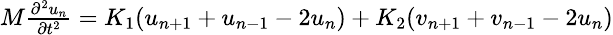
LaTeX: \small\begin{array}{r}{M\frac{\partial^{2}u_{n}}{\partial t^{2}}=K_{1}(u_{n+1}+u_{n-1}-2u_{n})+K_{2}(v_{n+1}+v_{n-1}-2u_{n})}\end{array}